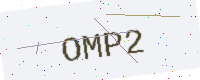
Text: OMP2